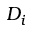
D _ { i }